Plague in India, 1896, 1897 - Volume 2
Year: 1896
Disease focus: Plague
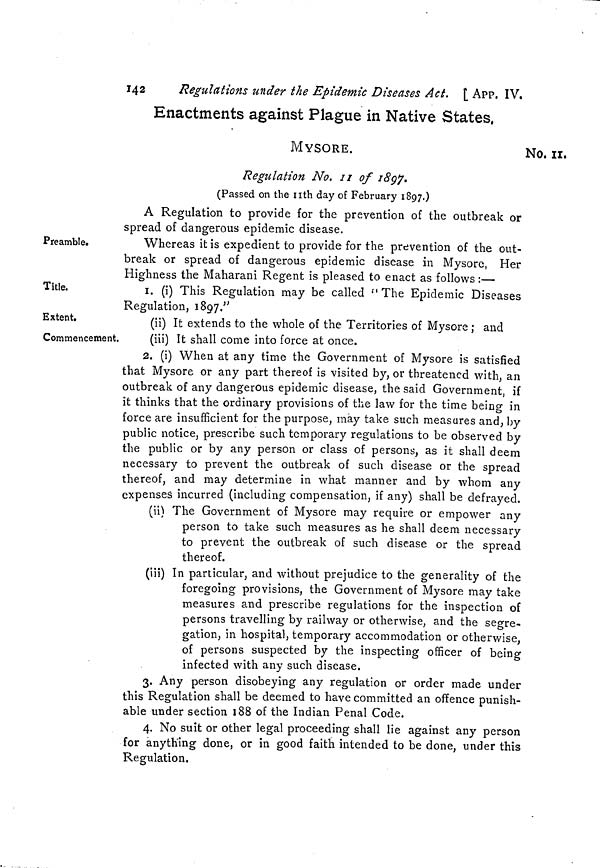
142
Regulations under the Epidemic Diseases Act. [ APP. IV.
Enactments against Plague in Native States,
MYSORE.
No. II.
Regulation No. 11 of 1897
(Passed on the nth day of February 1897.)
A Regulation to provide for the prevention of the outbreak or
spread of dangerous epidemic disease.
Preamble.
Whereas it is expedient to provide for the prevention of the out-
break or spread of dangerous epidemic disease in Mysore, Her
Highness the Maharani Regent is pleased to enact as follows :—
Title.
I. (i) This Regulation may be called "The Epidemic Diseases
Regulation, 1897."
Extent.
(ii) It extends to the whole of the Territories of Mysore ; and
(iii) It shall come into force at once.
Commencement.
2. (i) When at any time the Government of Mysore is satisfied
that Mysore or any part thereof is visited by, or threatened with, an
outbreak of any dangerous epidemic disease, the said Government, if
it thinks that the ordinary provisions of the law for the time being in
force are insufficient for the purpose, may take such measures and, by
public notice, prescribe such temporary regulations to be observed by
the public or by any person or class of persons, as it shall deem
necessary to prevent the outbreak of such disease or the spread
thereof, and may determine in what manner and by whom any
expenses incurred (including compensation, if any) shall be defrayed,
(ii) The Government of Mysore may require or empower any
person to take such measures as he shall deem necessary
to prevent the outbreak of such disease or the spread
thereof.
(iii) In particular, and without prejudice to the generality of the
foregoing provisions, the Government of Mysore may take
measures and prescribe regulations for the inspection of
persons travelling by railway or otherwise, and the segre-
gation, in hospital, temporary accommodation or otherwise,
of persons suspected by the inspecting officer of being
infected with any such disease.
3. Any person disobeying any regulation or order made under
this Regulation shall be deemed to have committed an offence punish-
able under section 188 of the Indian Penal Code.
4. No suit or other legal proceeding shall lie against any person
for anything done, or in good faith intended to be done, under this
Regulation,